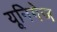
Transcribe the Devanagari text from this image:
यूनिगेज